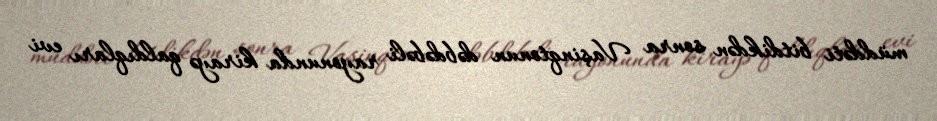
müddəti bitdikdən sonra Vaşinqtonun dəbdəbəli rayonunda kirayə qaldıqları evi